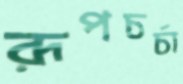
রূপচর্চা